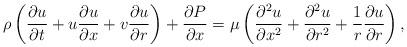
LaTeX: \begin{align*}\rho\left(\frac{\partial u}{\partial t}+u\frac{\partial u}{\partial x}+v\frac{\partial u}{\partial r}\right)+\frac{\partial P}{\partial x}=\mu\left(\frac{\partial^{2}u}{\partial x^{2}}+\frac{\partial^{2}u}{\partial r^{2}}+\frac{1}{r}\frac{\partial u}{\partial r}\right),\end{align*}